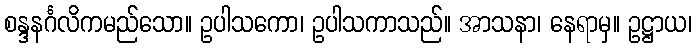
စန္ဒနင်္ဂလိကမည်သော။ ဥပါသကော၊ ဥပါသကာသည်။ အာသနာ၊ နေရာမှ။ ဥဋ္ဌာယ၊